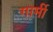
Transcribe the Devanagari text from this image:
गार्मी